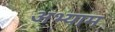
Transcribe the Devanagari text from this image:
अभ्याम